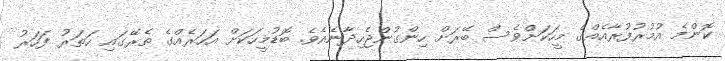
ކޮންމެ އުމުރުފުރާއެއްގެ މީހަކަށްވެސް ބޭރަށް ހިންގުންޖެހިދާނެއެވެ. ބޮޑުމީހަކަށް އަހަރެއްގެ ތެރޭގައި ހަތަރު ފަހަރު